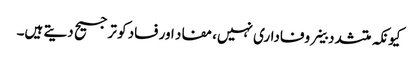
کیونکہ متشدد خلیے وفاداری نہیں، مفاد اور فساد کو ترجیح دیتے ہیں۔